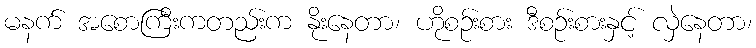
မနက် အစောကြီးကတည်းက နိုးနေတာ၊ ဟိုစဉ်းစား ဒီစဉ်းစားနှင့် လှဲနေတာ၊